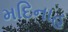
મદિનાહ